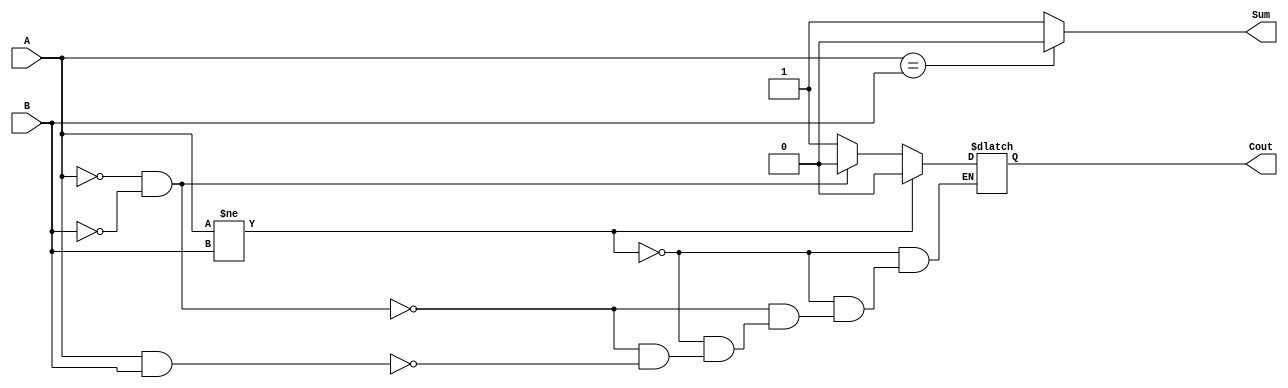
module halfAdder_Procedural(
    input A,
    input B,
    output reg Sum,
    output reg Cout
    );
    always @ (A, B)
        if (A == B)
        Sum = 1'b0;
        else
        Sum = 1'b1;
    always @ (A, B)
        if (A != B)
        Cout = 1'b0;
        else if (A == 0 & B == 0)
        Cout = 1'b0;
        else if (A == 1 & B == 1)
        Cout = 1'b1;
endmodule